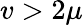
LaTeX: v>2\mu